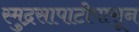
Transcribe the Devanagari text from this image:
स्मुद्रसापाटीपासून